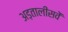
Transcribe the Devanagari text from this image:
अड़तालीसवें